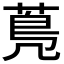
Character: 𦳓